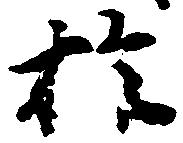
於